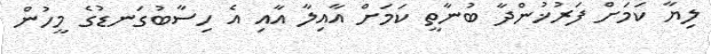
ލިޔާ ކަމަށް ފަރުޚުންދާ ބުނާތީ ކަމަށް އާއިލާ އާއި އެ ހިސާބުގަނޑުގެ މީހުން